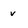
Character: v